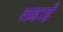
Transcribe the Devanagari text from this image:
लडाइँ